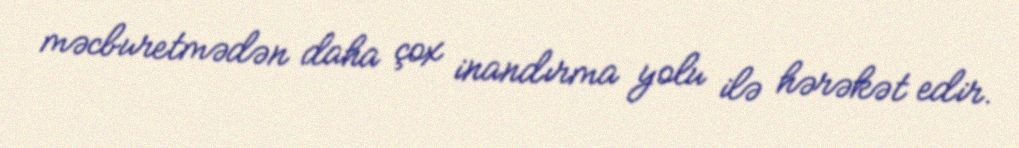
məcburetmədən daha çox inandırma yolu ilə hərəkət edir.